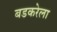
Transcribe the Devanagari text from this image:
बडकरेला